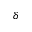
\delta